Indian journal of veterinary science and animal husbandry - Volumes 22-23, 1952-1953
Year: 1952
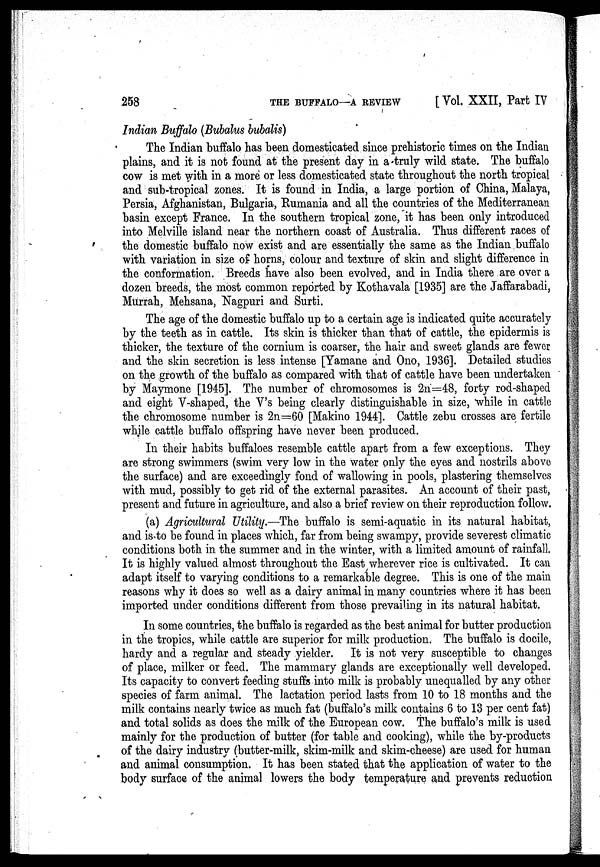
258
THE BUFFALO—A REVIEW [ Vol. XXII, Part IV
Indian Buffalo (Bubalus bubalis)
The Indian buffalo has been domesticated since prehistoric times on the Indian
plains, and it is not found at the present day in a truly wild state. The buffalo
cow is met with in a more or less domesticated state throughout the north tropical
and sub-tropical zones. It is found in India, a large portion of China, Malaya,
Persia, Afghanistan, Bulgaria, Rumania and all the countries of the Mediterranean
basin except France. In the southern tropical zone, it has been only introduced
into Melville island near the northern coast of Australia. Thus different races of
the domestic buffalo now exist and are essentially the same as the Indian buffalo
with variation in size of horns, colour and texture of skin and slight difference in
the conformation. Breeds have also been evolved, and in India there are over a
dozen breeds, the most common reported by Kothavala [1935] are the Jaffarabadi,
Murrah, Mehsana, Nagpuri and Surti.
The age of the domestic buffalo up to a certain age is indicated quite accurately
by the teeth as in cattle. Its skin is thicker than that of cattle, the epidermis is
thicker, the texture of the cornium is coarser, the hair and sweet glands are fewer
and the skin secretion is less intense [Yamane and Ono, 1936]. Detailed studies
on the growth of the buffalo as compared with that of cattle have been undertaken
by Maymone [1945]. The number of chromosomes is 2n=48, forty rod-shaped
and eight V-shaped, the V's being clearly distinguishable in size, while in cattle
the chromosome number is 2n=60 [Makino 1944]. Cattle zebu crosses are fertile
while cattle buffalo offspring have never been produced.
In their habits buffaloes resemble cattle apart from a few exceptions. They
are strong swimmers (swim very low in the water only the eyes and nostrils above
the surface) and are exceedingly fond of wallowing in pools, plastering themselves
with mud, possibly to get rid of the external parasites. An account of their past,
present and future in agriculture, and also a brief review on their reproduction follow.
(a) Agricultural Utility.—The buffalo is semi-aquatic in its natural habitat,
and is to be found in places which, far from being swampy, provide severest climatic
conditions both in the summer and in the winter, with a limited amount of rainfall.
It is highly valued almost throughout the East wherever rice is cultivated. It can
adapt itself to varying conditions to a remarkable degree. This is one of the main
reasons why it does so well as a dairy animal in many countries where it has been
imported under conditions different from those prevailing in its natural habitat.
In some countries, the buffalo is regarded as the best animal for butter production
in the tropics, while cattle are superior for milk production. The buffalo is docile,
hardy and a regular and steady yielder. It is not very susceptible to changes
of place, milker or feed. The mammary glands are exceptionally well developed.
Its capacity to convert feeding stuffs into milk is probably unequalled by any other
species of farm animal. The lactation period lasts from 10 to 18 months and the
milk contains nearly twice as much fat (buffalo's milk contains 6 to 13 per cent fat)
and total solids as does the milk of the European cow. The buffalo's milk is used
mainly for the production of butter (for table and cooking), while the by-products
of the dairy industry (butter-milk, skim-milk and skim-cheese) are used for human
and animal consumption. It has been stated that the application of water to the
body surface of the animal lowers the body temperature and prevents reduction